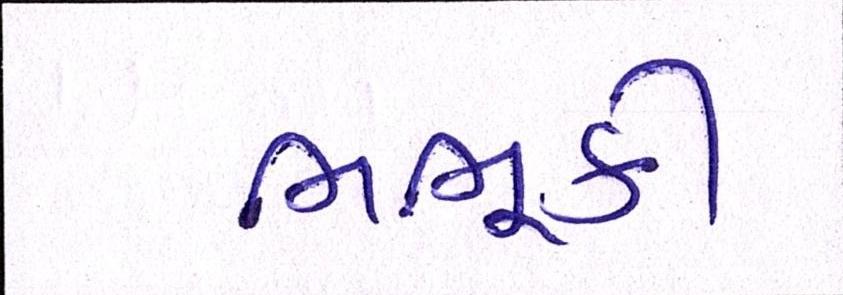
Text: ભભૂકી